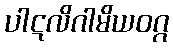
ပါဋလိဂါမိယဝဂ္ဂ